Scottish Leaving Certificate Examination, 1954
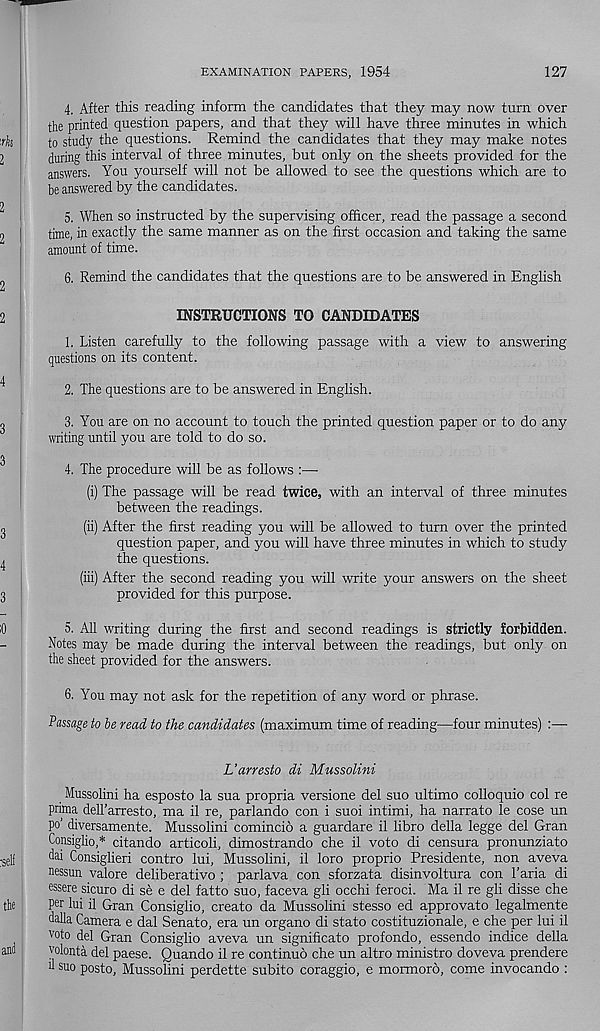
EXAMINATION PAPERS, 1954
127
4. After this reading inform the candidates that they may now turn over
the printed question papers, and that they will have three minutes in which
to study the questions. Remind the candidates that they may make notes
during this interval of three minutes, but only on the sheets provided for the
answers. You yourself will not be allowed to see the questions which are to
be answered by the candidates.
5. When so instructed by the supervising officer, read the passage a second
time, in exactly the same manner as on the first occasion and taking the same
amount of time.
6. Remind the candidates that the questions are to be answered in English
INSTRUCTIONS TO CANDIDATES
1. Listen carefully to the following passage with a view to answering
questions on its content.
2. The questions are to be answered in English.
3. You are on no account to touch the printed question paper or to do any
writing until you are told to do so.
4. The procedure will be as follows :—
(i) The passage will be read twice, with an interval of three minutes
between the readings.
(ii) After the first reading you will be allowed to turn over the printed
question paper, and you will have three minutes in which to study
the questions.
(iii) After the second reading you will write your answers on the sheet
provided for this purpose.
5. All writing during the first and second readings is strictly forbidden.
Notes may be made during the interval between the readings, but only on
the sheet provided for the answers.
6. You may not ask for the repetition of any word or phrase.
Passage to be read to the candidates (maximum time of reading—four minutes)
L’arresto di Mussolini
Mussolini ha esposto la sua propria versione del suo ultimo colloquio col re
prima deU’arresto, ma il re, parlando con i suoi intimi, ha narrato le cose un
po’ diversamente. Mussolini comincio a guardare il libro della legge del Gran
Consiglio,* citando articoli, dimostrando che il voto di censura pronunziato
dai Consiglieri contro lui, Mussolini, il loro proprio Presidente, non aveva
nessun valore deliberativo ; parlava con sforzata disinvoltura con Taria di
essere sicuro di se e del fatto suo, faceva gli occhi feroci. Ma il re gli disse che
per lui il Gran Consiglio, create da Mussolini stesso ed approvato legalmente
dalla Camera e dal Senate, era un organo di stato costituzionale, e che per lui il
voto del Gran Consiglio aveva un significato profondo, essendo indice della
volonta del paese. Quando il re continuo che un altro ministro doveva prendere
h suo posto, Mussolini perdette subito coraggio, e mormoro, come invocando :